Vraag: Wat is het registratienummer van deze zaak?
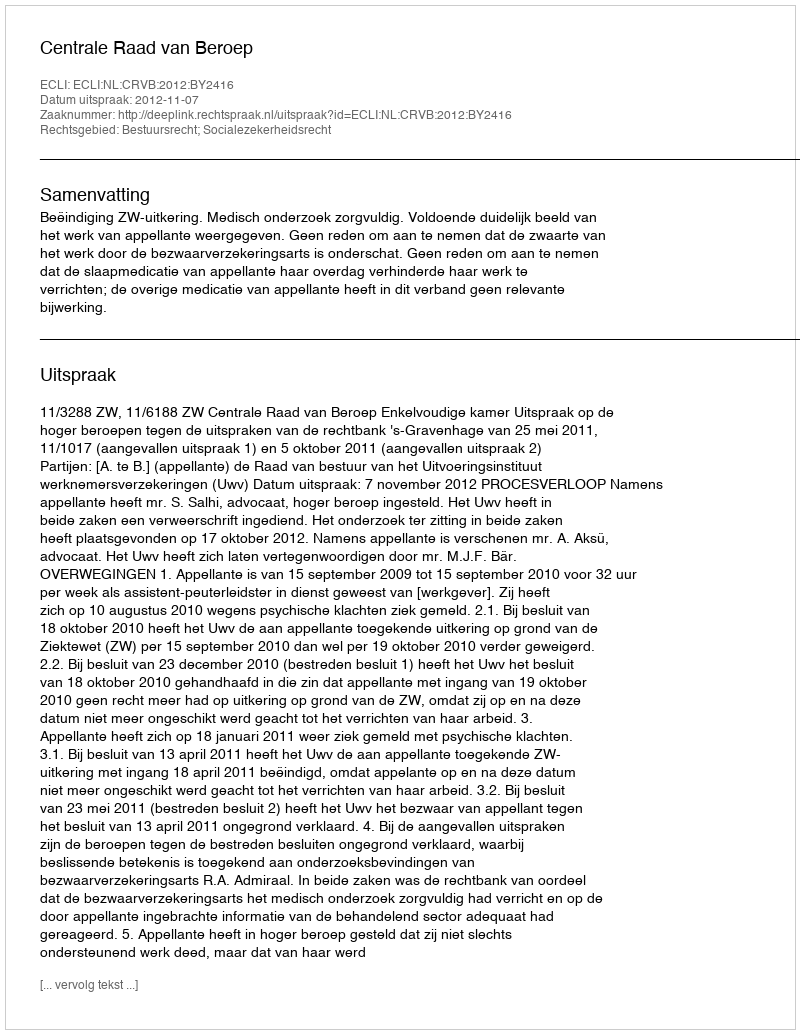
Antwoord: http://deeplink.rechtspraak.nl/uitspraak?id=ECLI:NL:CRVB:2012:BY2416